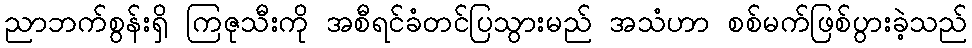
ညာဘက်စွန်းရှိ ကြဇုသီးကို အစီရင်ခံတင်ပြသွားမည် အသံဟာ စစ်မက်ဖြစ်ပွားခဲ့သည်